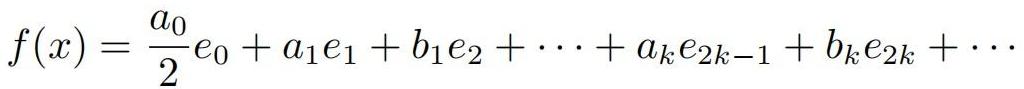
\[
f(x)=\frac{a_0}{2}e_0 + a_1e_1 + b_1e_2+\cdots + a_ke_{2k - 1}+b_ke_{2k}+\cdots
\]